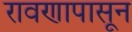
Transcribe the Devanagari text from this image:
रावणापासून